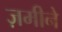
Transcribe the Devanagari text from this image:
ज़मीने